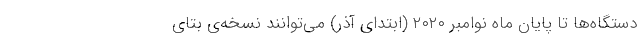
دستگاه‌ها تا پایان ماه نوامبر ۲۰۲۰ (ابتدای آذر) می‌توانند نسخه‌ی بتای